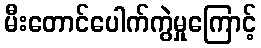
မီးတောင်ပေါက်ကွဲမှုကြောင့်